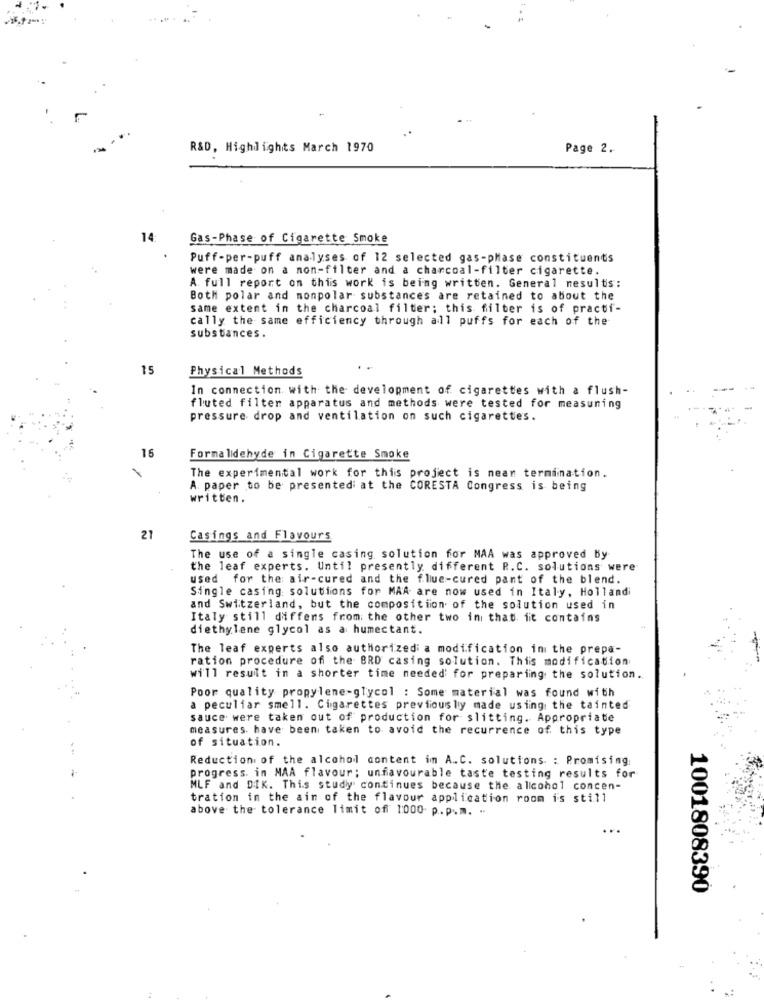
R&D, Highlights March 1970
Page 2.
14
Gas-Phase of Cigarette Smoke
Puff-per-puff analyses of 12 selected gas-phase constituents
were made on a non-filter and a charcoal-filter cigarette.
A. full report on this work is being written. General results:
Both polar and nonpolar substances are retained to about the
same extent in the charcoal filter; this filter is of practi-
cally the same efficiency through all puffs for each of the
substances.
15
Physical Methods
In connection with the development of cigarettes with a flush-
fluted filter apparatus and methods were tested for measuring
pressure drop and ventilation on such cigarettes.
16
Formaldehyde in Cigarette Smoke
The experimental work for this project is nean termination.
A. paper to be presented at the CORESTA Congress is being
written.
21
Casings and Flavours
The use of a single casing solution for MAA was approved by
the leaf experts. Until presently different R.C. solutions were
used for the air-cured and the flue-cured pant of the blend.
Single casing solutions for MAA are now used in Italy, Hollandi
and Switzerland, but the composition of the solution used in
Italy still diffens from the other two in that it contains
diethylene glycol as a humectant.
The leaf experts also authorized a modification in the prepa-
ration procedure of the BRD casing solution. This modification
will result in a shorter time needed for preparing the solution.
Poor quality propylene-glycol : Some material was found with
a peculiar smell. Cigarettes previously made using the tainted
sauce were taken out of production for slitting. Appropriate
measures have been taken to avoid the recurrence of this type
of situation.
Reduction of the alcohol content im A.C. solutions : Promising:
progress. in MAA flavour; unfavourable taste testing results for
MLF and DIK. This study continues because the alcohol concen-
tration in the ain of the flavour application room is still
above the tolerance limit of 1:000 p.p.m. ..
1001808390